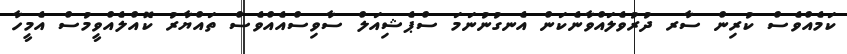
ކަމެއްވެސް ކުރިން ސާރ ދުރުވެލައްވާނެކަން އެނގުނުނަމަ ސްޕެޝިއަލް ސާވިސްއެއްވެސް ތައްޔާރު ކޮއްލެއްވީމުސް އެމީހާ